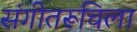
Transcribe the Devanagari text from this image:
संगीतरूचिला